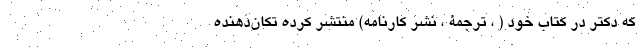
که دکتر در کتاب خود ( ، ترجمۀ ، نشر کارنامه) منتشر کرده تکان‌دهنده